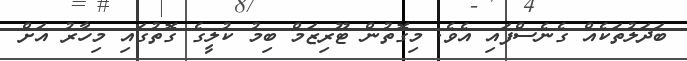
ބަދަލުތަކެއް ގެނެސްފައި އެވެ. މިގޮތުން ޓޫރިޒަމް ބިމު ކުލީގެ ގޮތުގައި މިހާރު އަށް